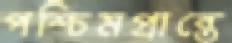
পশ্চিমপ্রান্তে